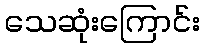
သေဆုံးကြောင်း